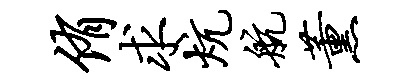
侑求炕航薰